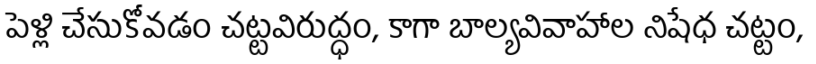
పెళ్లి చేసుకోవడం చట్టవిరుద్ధం, కాగా బాల్యవివాహాల నిషేధ చట్టం,